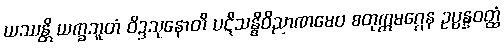
ယဿန္တိ ယက္ခဘူတံ ဝိဒ္ဒသုနောတိ ပဋိသန္ဓိဝိညာဏမေဝ စတုက္ကမဂ္ဂေန ဥပ္ပန္နဝတ္ထံ